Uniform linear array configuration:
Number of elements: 16
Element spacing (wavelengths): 0.25
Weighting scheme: cosine
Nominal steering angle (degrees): -45
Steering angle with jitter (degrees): -43.681
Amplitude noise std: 0.05
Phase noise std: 0.05

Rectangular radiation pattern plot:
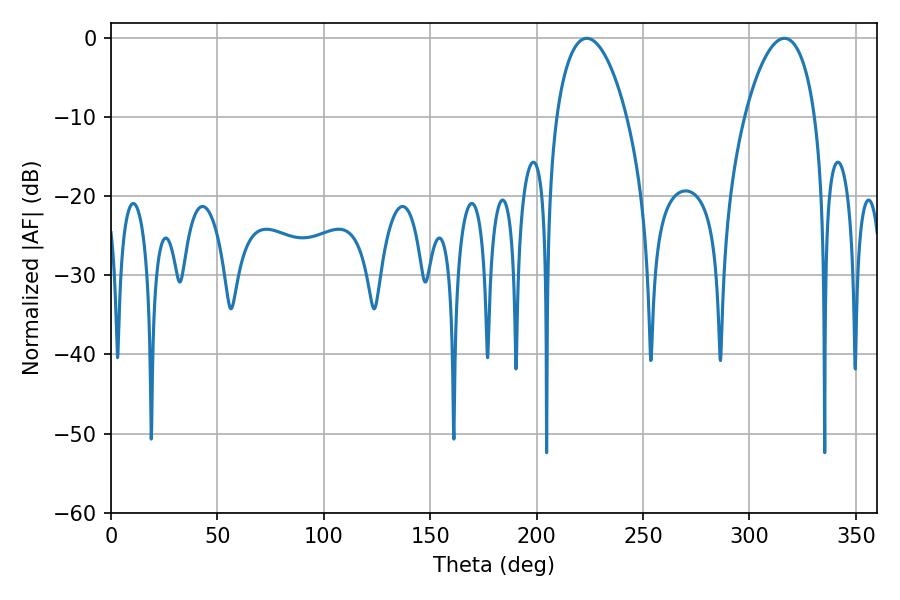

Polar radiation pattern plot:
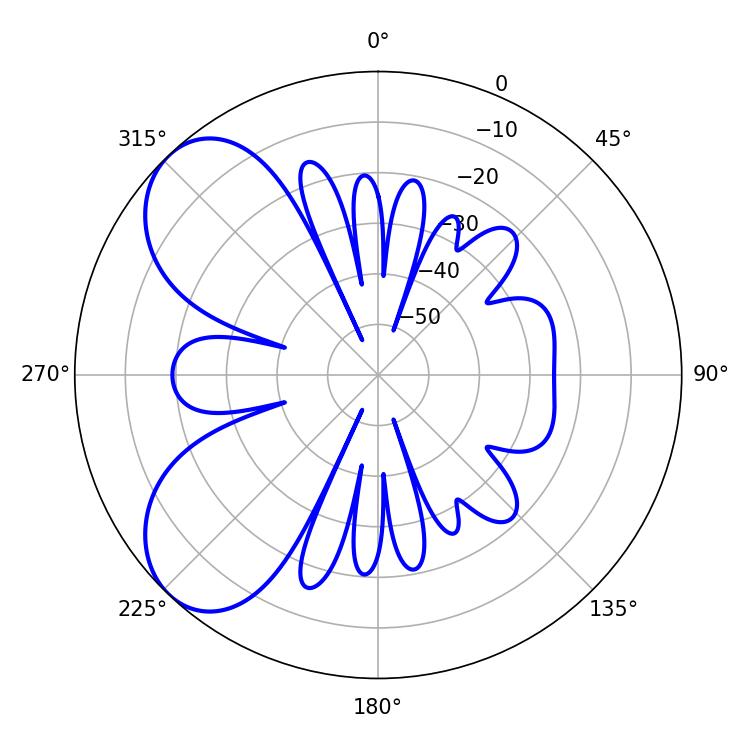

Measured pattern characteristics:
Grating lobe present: FALSE
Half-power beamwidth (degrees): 18.72
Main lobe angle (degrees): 223.56